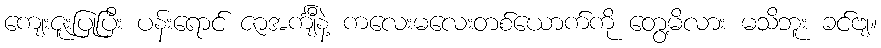
ကျေးဇူးပြုပြီး ပန်းရောင် ဇာအင်္ကျီနဲ့ ကလေးမလေးတစ်ယောက်ကို တွေ့မိလား မသိဘူး ခင်ဗျ။